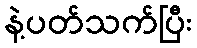
နဲ့ပတ်သက်ပြီး